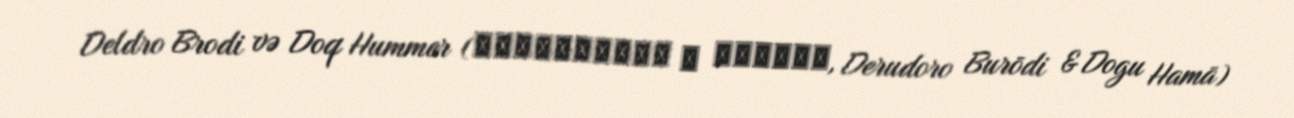
Deldro Brodi və Doq Hummer (デルドロ・ブローディ ＆ ドグ・ハマー, Derudoro Burōdi & Dogu Hamā)